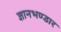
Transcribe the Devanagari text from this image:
ज्ञानभण्डार